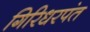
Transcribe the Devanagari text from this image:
गिरिधरपंत